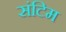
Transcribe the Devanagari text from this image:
संटिम